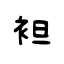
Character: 袒